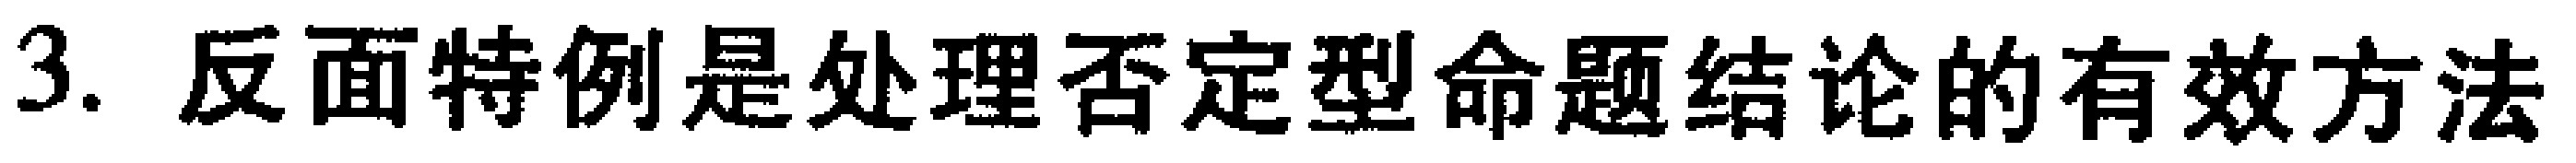
3. 反面特例是处理否定型命题结论的有效方法